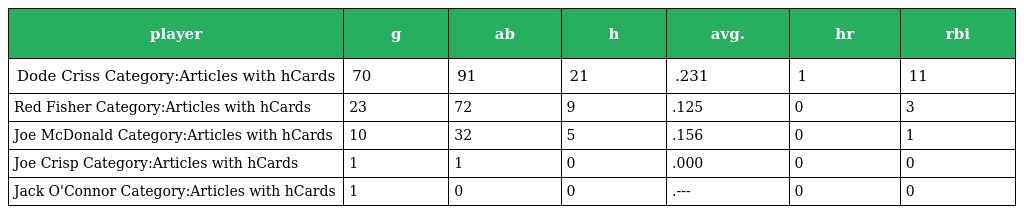
| player | g | ab | h | avg. | hr | rbi |
 | --- | --- | --- | --- | --- | --- | --- |
 | Dode Criss Category:Articles with hCards | 70 | 91 | 21 | .231 | 1 | 11 |
 | Red Fisher Category:Articles with hCards | 23 | 72 | 9 | .125 | 0 | 3 |
 | Joe McDonald Category:Articles with hCards | 10 | 32 | 5 | .156 | 0 | 1 |
 | Joe Crisp Category:Articles with hCards | 1 | 1 | 0 | .000 | 0 | 0 |
 | Jack O'Connor Category:Articles with hCards | 1 | 0 | 0 | .--- | 0 | 0 |